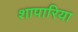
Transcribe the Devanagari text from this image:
शापारिया